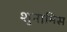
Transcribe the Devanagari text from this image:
शुनामिस